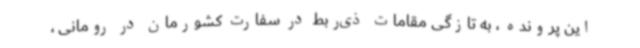
این پرونده ، به تازگی مقامات ذی‌ربط در سفارت کشورمان در رومانی ،